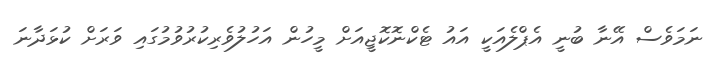
ނަމަވެސް އޭނާ ބުނީ އެޕްލެއަކީ އައު ޓެކްނޮކޮޖީއަށް މީހުން އަހުލުވެރިކުރުވުމުގައި ވަރަށް ކުޅަދާނަ